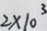
2 \times 1 0 ^ { 3 }